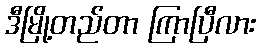
ဒီမြို့တည်တာ ကြာပြီလား